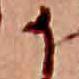
か